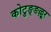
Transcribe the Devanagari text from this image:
कोटुङ्ङल्लूर